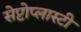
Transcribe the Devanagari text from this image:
सेप्टोप्लास्टी